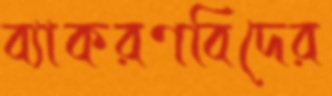
ব্যাকরণবিদের